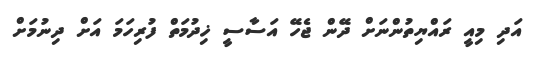
އަދި މިއީ ރައްޔިތުންނަށް ދޭން ޖެހޭ އަސާސީ ޚިދުމަތް ފުރިހަމަ އަށް ދިނުމަށް